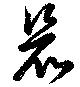
競